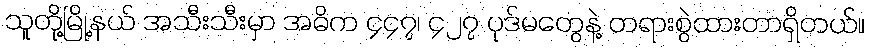
သူတို့မြို့နယ် အသီးသီးမှာ အဓိက ၄၄၇၊ ၄၂၇ ပုဒ်မတွေနဲ့ တရားစွဲထားတာရှိတယ်။